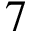
7